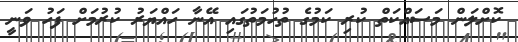
ކޮށްލަން މަސައްކަތް ކުރި ކަމުގެ ތުހުމަތުގައި އޭނާ ހައްޔަރު ކުރުމަށް ފަހު ވަނީ